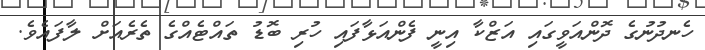
ހެނދުނުގެ ދޮންއަވީގައި އަޒްކާ އިނީ ފެންއަޅާފައި ހުރި ބޮޑު ތައްޓެއްގެ ތެރެއަށް ލާފައެވެ.